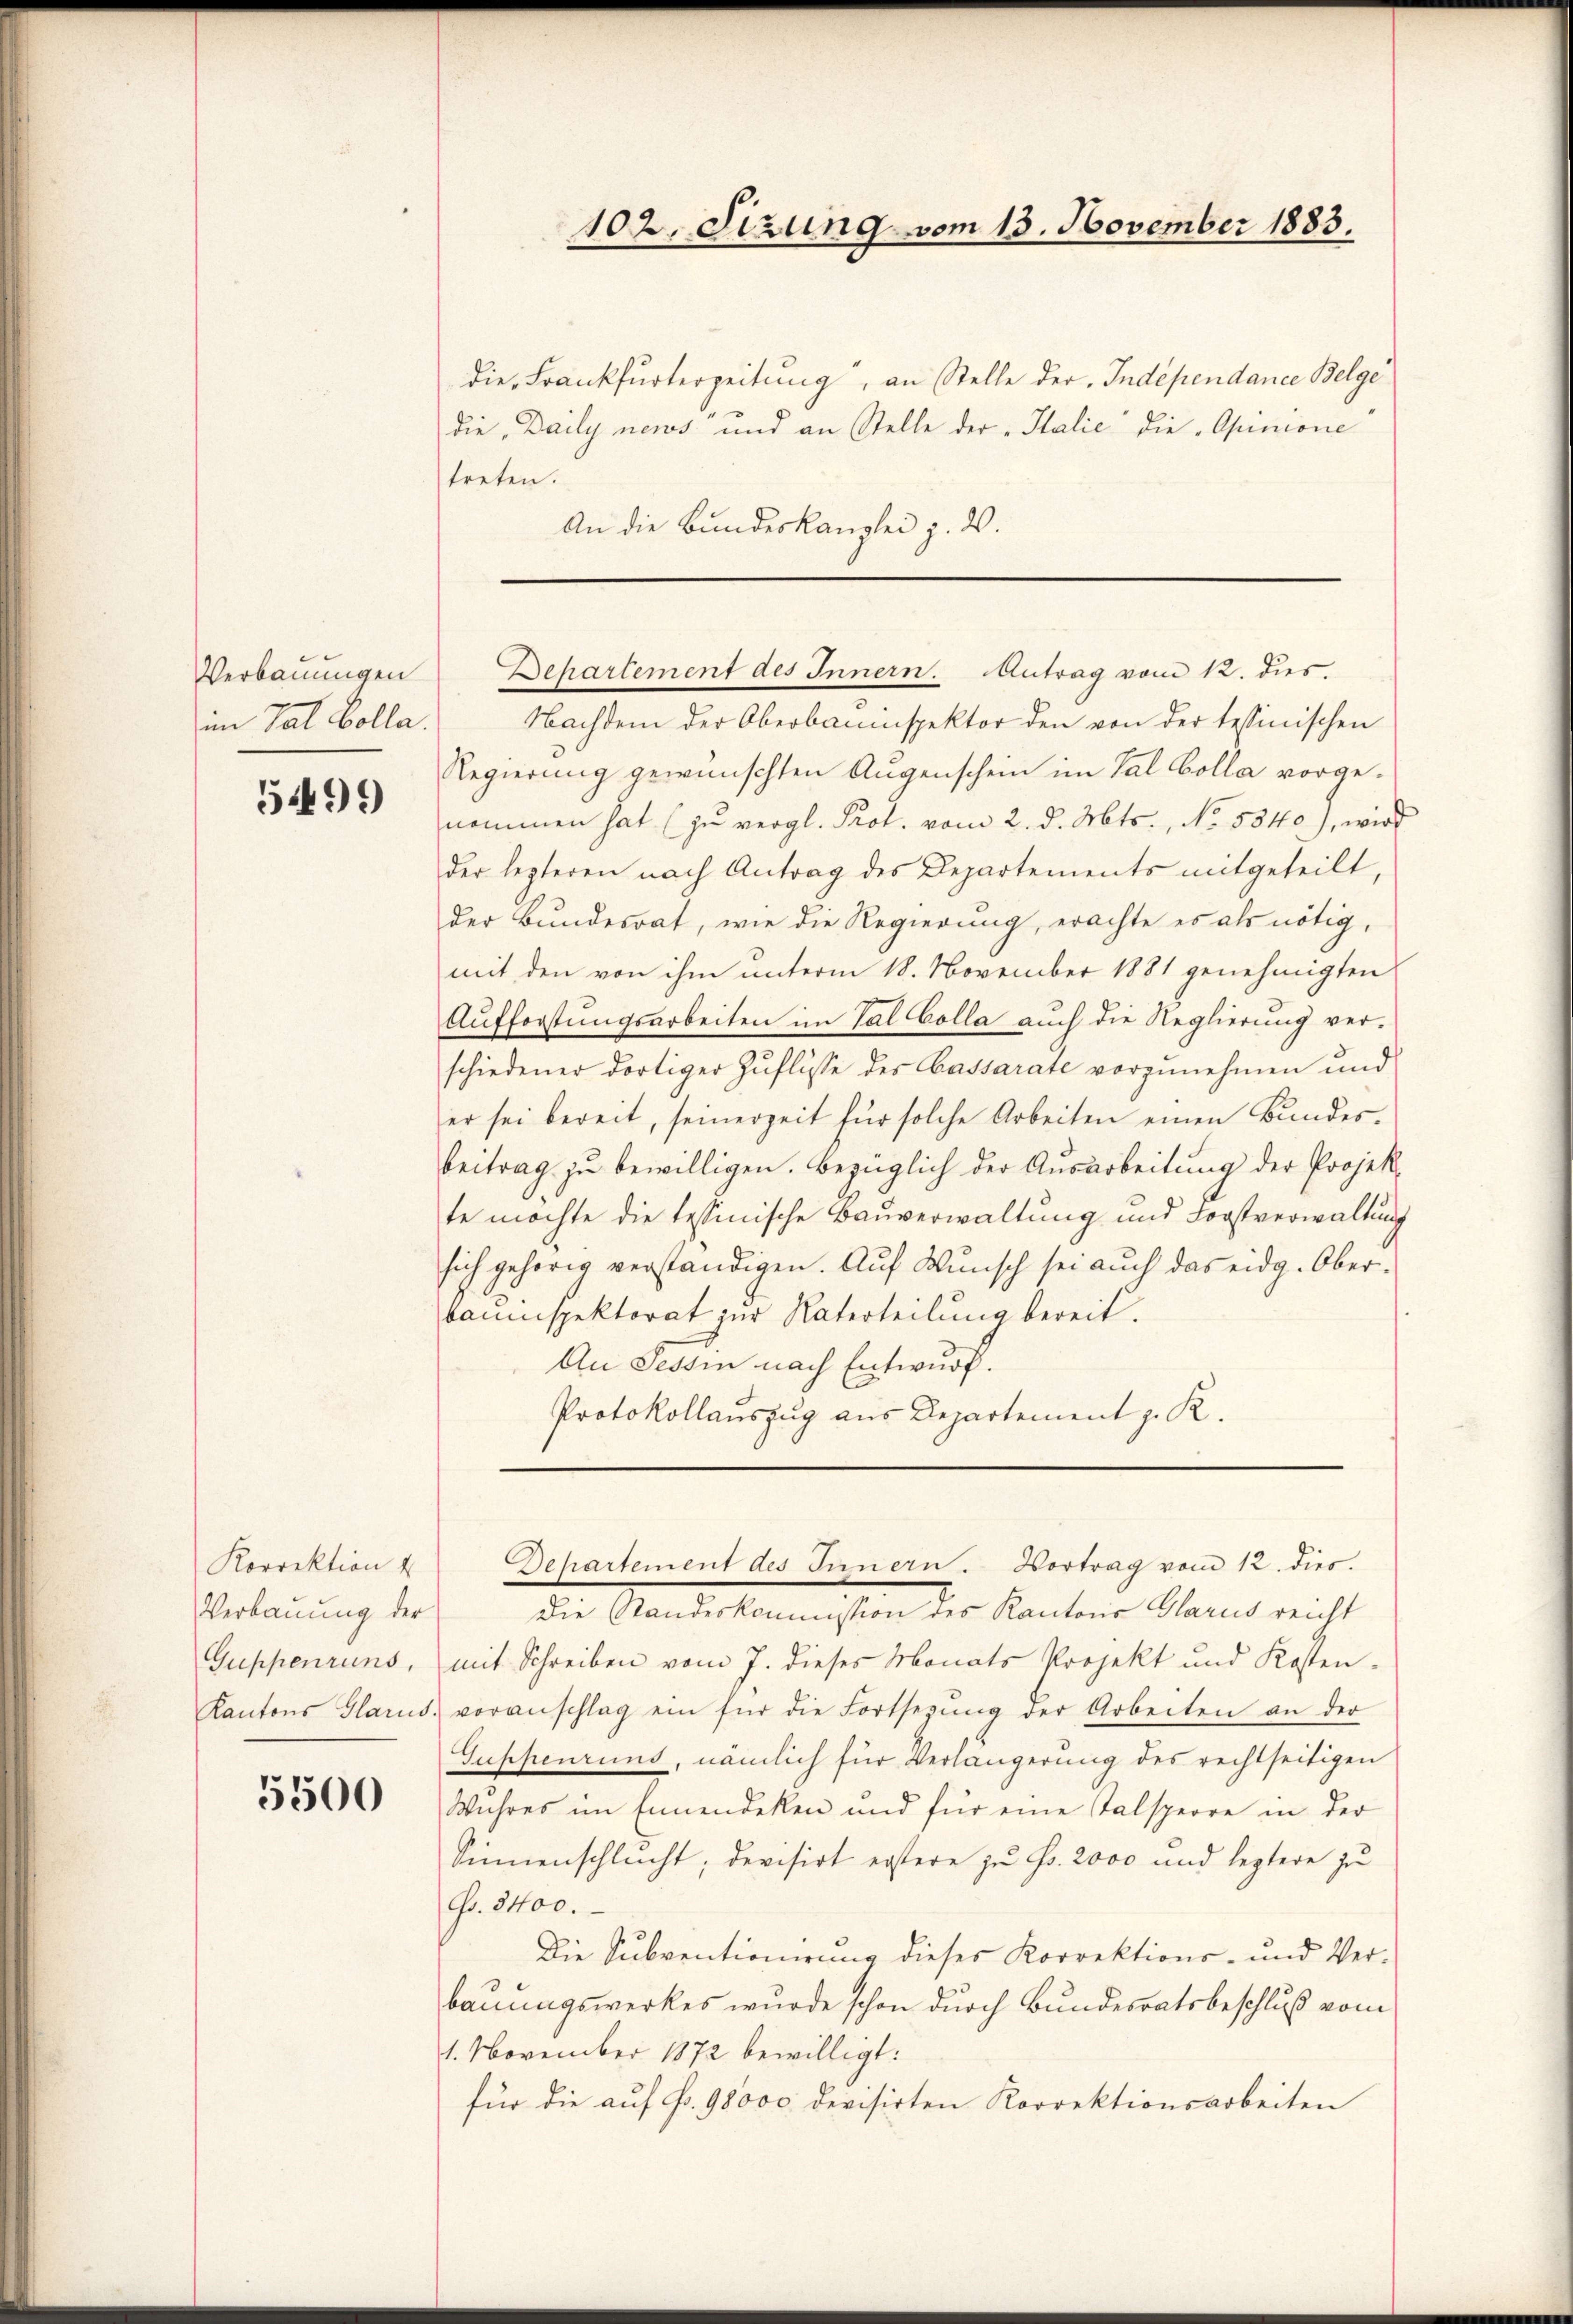
Verbauungen
im Tat Colla

5499

Korrektion 4
Verbauung der
Guppenruns,

5500

die Frankfurterzeitung, an Stelle der Independance Belge
dieDaily neus und an Stelle der Italie die „Opinione
treten.
An die Bundeskanzlei z. W.

Nachdem der Oberbauinspektor den von der tessinischen
Regierung gewünschten Augenschein im Tal Colla vorgenommen hat (zu vergl. Prot. vom 2. d. Mts., No. 5840), wird
der lezteren nach Antrag des Departements mitgeteilt
der Bundesrat, wie die Regierung, erachte es als nötig,
mit den von ihm unterm 18. November 1881 genehmigten
Aufforstungsarbeiten im Tal Colla auch die Reglierung verschiedener dortiger Zuflüsse des Cassarate vorzunehmen und
er sei bereit, seinerzeit für solche Arbeiten einen Bundes-
beitrag zu bewilligen. Bezüglich der Ausarbeitung der Projekte möchte die tessinische Bauverwaltung und Forstverwaltung
sich gehörig verständigen. Auf Wunsch sei auch das eidg. Oberbauinspektorat zur Unterteilung bereit.
An Tessin nach Entwurf.
Protokollauszug aus Departement z. R.

Die Standeskommission des Kantons Glarus reicht
mit Schreiben vom 7. dieses Monats Projekt und Kosten-
Kantons Glarus voranschlag ein für die Fortsezŭng der Arbeiten an der
Guppenrund, nämlich für Verlängerung des rechtseitigen
Wuhres im Ennendeken und für eine Talsperre in der
Sinnenschlucht; devisirt erstere zu Fr. 2000 und leztere zu
Fo. 3400.
Die Subventionirung dieses Korrektions- und Verbauungswerkes wurde schon durch Bundesratsbeschluß vom
1. November 1872 bewilligt:
für die auf Fr. 98000. Devisirten Korrektionsarbeiten

102. Sizung vom 13. November 1883.

Behartement des Innern. Antrag vom 12. dies.

Departement des Innern. Vortrag vom 12. dies